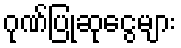
ဂုဏ်ပြုဆုငွေများ